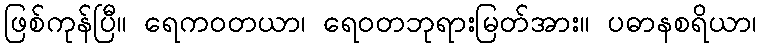
ဖြစ်ကုန်ပြီ။ ရေကဝတယာ၊ ရေဝတဘုရားမြတ်အား။ ပဓာနစရိယာ၊